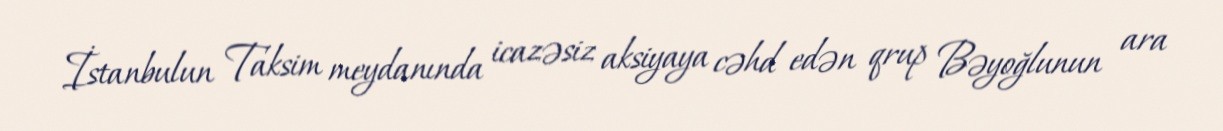
İstanbulun Taksim meydanında icazəsiz aksiyaya cəhd edən qrup Bəyoğlunun ara